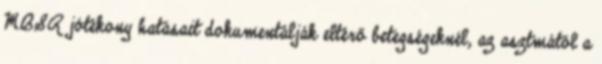
MBSR jótékony hatásait dokumentálják eltérő betegségeknél, az asztmától a